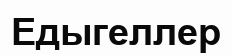
Едыгеллер